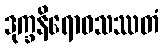
ဒုက္ခနိရောဓသဿတံ